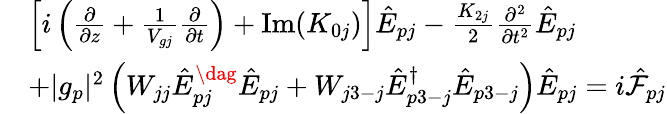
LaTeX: \begin{array}{rl}&{\left[i\left(\frac{\partial}{\partial z}+\frac{1}{V_{gj}}\frac{\partial}{\partial t}\right)+\mathrm{Im}(K_{0j})\right]\hat{E}_{pj}-\frac{K_{2j}}{2}\frac{\partial^{2}}{\partial t^{2}}\hat{E}_{pj}}\\ &{+|g_{p}|^{2}\left(W_{jj}\hat{E}_{pj}^{\dag}\hat{E}_{pj}+W_{j3-j}\hat{E}_{p3-j}^{\dagger}\hat{E}_{p3-j}\right)\hat{E}_{pj}=i{\hat{\cal F}}_{pj}}\end{array}